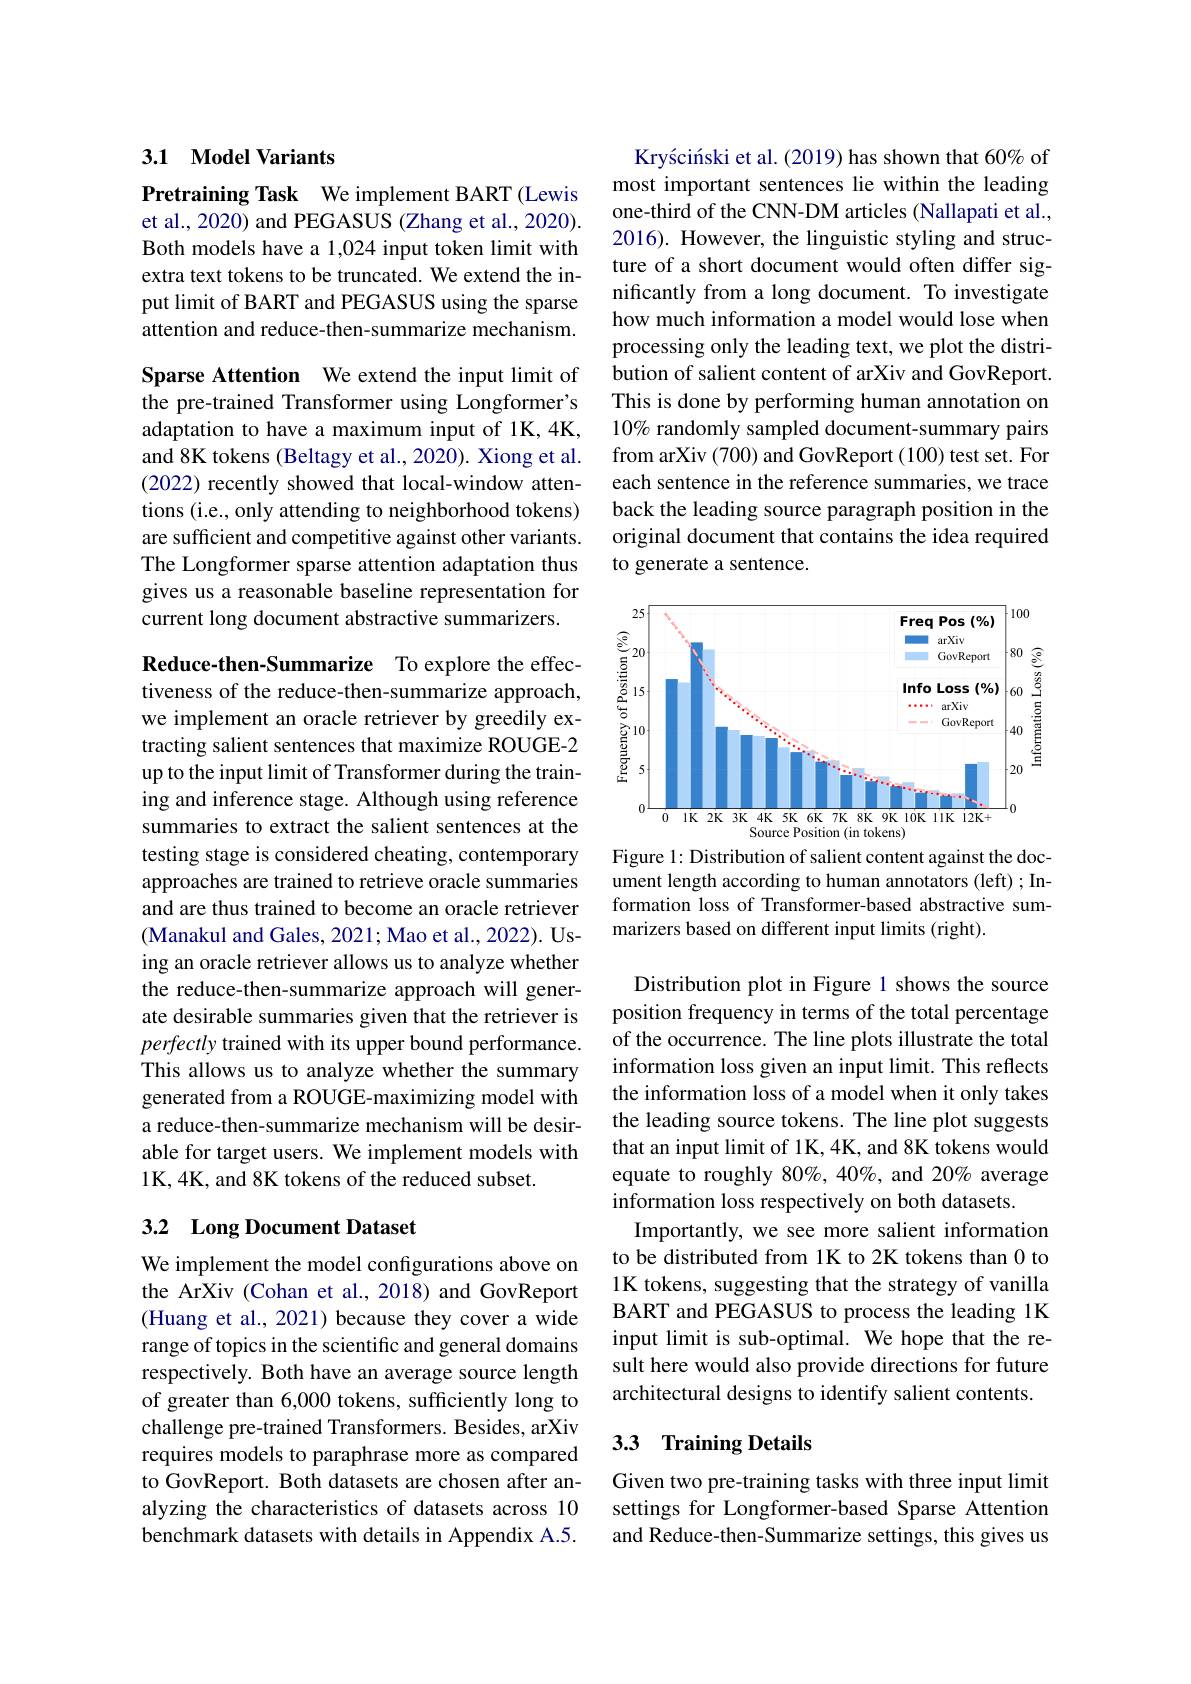
## 3.1 Model Variants

Pretraining Task We implement BART (Lewis et al., 2020) and PEGASUS (Zhang et al., 2020). Both models have a 1,024 input token limit with extra text tokens to be truncated. We extend the input limit of BART and PEGASUS using the sparse attention and reduce-then-summarize mechanism.

Sparse Attention We extend the input limit of the pre-trained Transformer using Longformer's adaptation to have a maximum input of 1K,4K, and 8K tokens (Beltagy et al., 2020). Xiong et al. (2022) recently showed that local-window attentions (i.e., only attending to neighborhood tokens) are sufficient and competitive against other variants. The Longformer sparse attention adaptation thus gives us a reasonable baseline representation for current long document abstractive summarizers.

Reduce-then-Summarize To explore the effectiveness of the reduce-then-summarize approach, we implement an oracle retriever by greedily extracting salient sentences that maximize ROUGE-2 up to the input limit of Transformer during the training and inference stage. Although using reference summaries to extract the salient sentences at the testing stage is considered cheating, contemporary approaches are trained to retrieve oracle summaries and are thus trained to become an oracle retriever (Manakul and Gales, 2021; Mao et al., 2022). Using an oracle retriever allows us to analyze whether the reduce-then-summarize approach will generate desirable summaries given that the retriever is perfectly trained with its upper bound performance. This allows us to analyze whether the summary generated from a ROUGE-maximizing model with a reduce-then-summarize mechanism will be desirable for target users. We implement models with 1K,4K, and 8K tokens of the reduced subset.

## 3.2 Long Document Dataset

We implement the model configurations above on the ArXiv (Cohan et al.,2018) and GovReport (Huang et al., 2021) because they cover a wide range of topics in the scientific and general domains respectively. Both have an average source length of greater than 6,000 tokens, sufficiently long to challenge pre-trained Transformers. Besides, arXiv requires models to paraphrase more as compared to GovReport. Both datasets are chosen after analyzing the characteristics of datasets across 10 benchmark datasets with details in Appendix A.5.

Krysciński et al. (2019) has shown that 60% of most important sentences lie within the leading one-third of the CNN-DM articles (Nallapati et al., 2016). However, the linguistic styling and structure of a short document would often differ significantly from a long document. To investigate how much information a model would lose when processing only the leading text, we plot the distribution of salient content of arXiv and GovReport. This is done by performing human annotation on 10% randomly sampled document-summary pairs from arXiv (700) and GovReport (100) test set. For each sentence in the reference summaries, we trace back the leading source paragraph position in the original document that contains the idea required to generate a sentence.

<FigureHere>
Figure 1: Distribution of salient content against the doc-

ument length according to human annotators (left) ; Information loss of Transformer-based abstractive summarizers based on different input limits (right).

Distribution plot in Figure 1 shows the source position frequency in terms of the total percentage of the occurrence. The line plots illustrate the total information loss given an input limit. This reflects the information loss of a model when it only takes the leading source tokens. The line plot suggests that an input limit of 1K, 4K, and 8K tokens would equate to roughly 80%, 40%, and 20% average information loss respectively on both datasets.
Importantly, we see more salient information to be distributed from 1K to 2K tokens than 0 to 1K tokens, suggesting that the strategy of vanilla BART and PEGASUS to process the leading 1K input limit is sub-optimal. We hope that the result here would also provide directions for future architectural designs to identify salient contents.

## 3.3 Training Details

Given two pre-training tasks with three input limit settings for Longformer-based Sparse Attention and Reduce-then-Summarize settings, this gives us